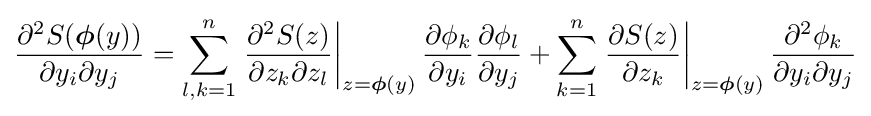
{\frac {\partial ^{2}S({\boldsymbol {\phi }}(y))}{\partial y_{i}\partial y_{j}}}=\sum _{l,k=1}^{n}\left.{\frac {\partial ^{2}S(z)}{\partial z_{k}\partial z_{l}}}\right|_{z={\boldsymbol {\phi }}(y)}{\frac {\partial \phi _{k}}{\partial y_{i}}}{\frac {\partial \phi _{l}}{\partial y_{j}}}+\sum _{k=1}^{n}\left.{\frac {\partial S(z)}{\partial z_{k}}}\right|_{z={\boldsymbol {\phi }}(y)}{\frac {\partial ^{2}\phi _{k}}{\partial y_{i}\partial y_{j}}}